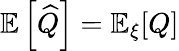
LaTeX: \mathbb{E}\left[\widehat{Q}\right]=\mathbb{E}_{\xi}[Q]